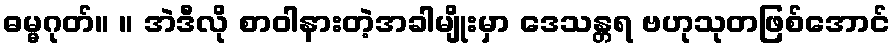
ဓမ္မဂုတ်။ ။ အဲဒီလို စာဝါနားတဲ့အခါမျိုးမှာ ဒေသန္တရ ဗဟုသုတဖြစ်အောင်